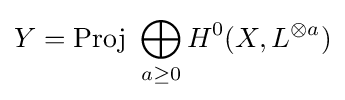
Y={\text{Proj }}\bigoplus _{a\geq 0}H^{0}(X,L^{\otimes a})